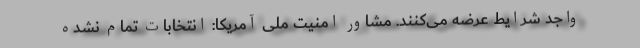
واجد شرایط عرضه می‌کنند. مشاور امنیت ملی آمریکا: انتخابات تمام نشده